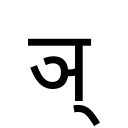
OCR:
ञ्